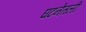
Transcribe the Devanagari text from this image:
घटनेतली